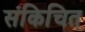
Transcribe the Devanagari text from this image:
संकिचित